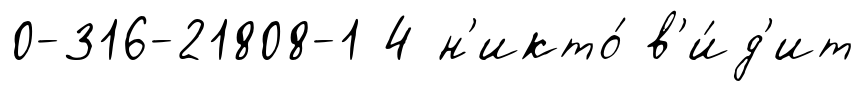
0-316-21808-1 4 н'икто́ в'и́д'ит